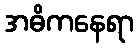
အဓိကနေရာ